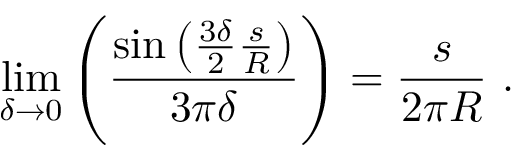
\displaystyle \operatorname* { l i m } _ { \delta \rightarrow 0 } { \left( \frac { \sin { \left( \frac { 3 \delta } { 2 } \frac { s } { R } \right) } } { 3 \pi \delta } \right) } = \frac { s } { 2 \pi R } \ .